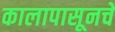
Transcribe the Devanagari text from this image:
कालापासूनचे